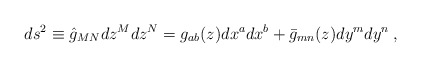
\begin{align*}ds^{2} \equiv \hat{g}_{MN} dz^{M}dz^{N} = g_{ab}(z) dx^{a}dx^{b} +\bar{g}_{mn}(z)dy^{m}dy^{n} \: , \end{align*}